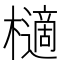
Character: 㰅